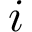
i